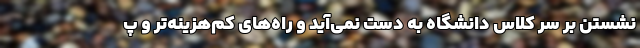
نشستن بر سر کلاس دانشگاه به دست نمی‌آید و راه‌های کم‌هزینه‌تر و پ